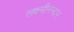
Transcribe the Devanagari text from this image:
लक्ष्मीनन्दन